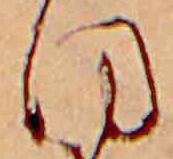
ほ